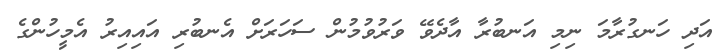
އަދި ހަނގުރާމަ ނިމި އަނބުރާ އާދެވޭ ވަރުވުމުން ސަހަރަށް އެނބުރި އައިއިރު އެމީހުންގެ